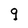
Character: g